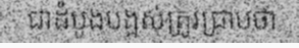
ជាដំបូងបង្អស់ត្រូវជ្រាបថា